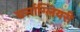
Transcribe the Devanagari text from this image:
बर्साग्लियरी